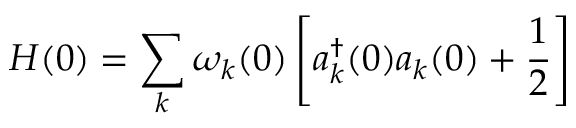
H ( 0 ) = \sum _ { k } \omega _ { k } ( 0 ) \left[ { a } _ { k } ^ { \dagger } ( 0 ) { a } _ { k } ( 0 ) + \frac { 1 } { 2 } \right]